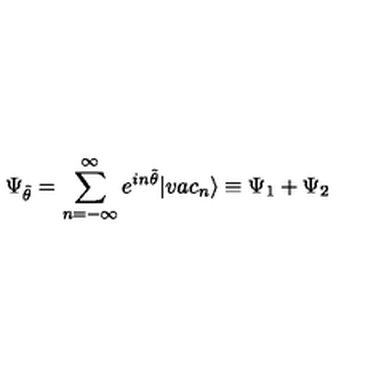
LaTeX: \Psi _ { \tilde { \theta } } = \sum _ { n = - \infty } ^ { \infty } e ^ { i n \tilde { \theta } } | v a c _ { n } \rangle \equiv \Psi _ { 1 } + \Psi _ { 2 }